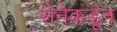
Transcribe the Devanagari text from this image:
सेनेकडून